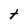
Character: t